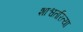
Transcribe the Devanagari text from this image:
शाश्वतरित्या